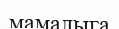
мамалыга